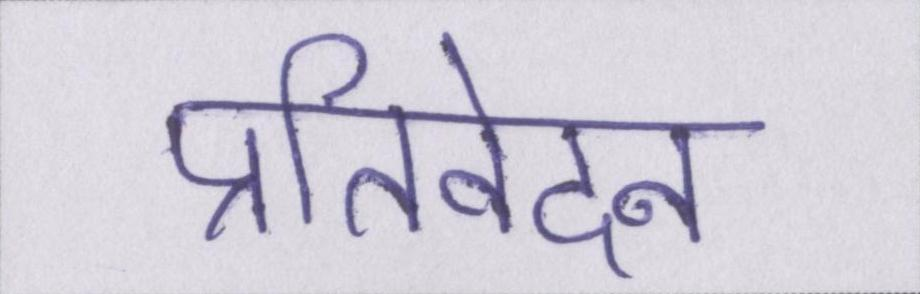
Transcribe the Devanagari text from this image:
प्रतिवेदन